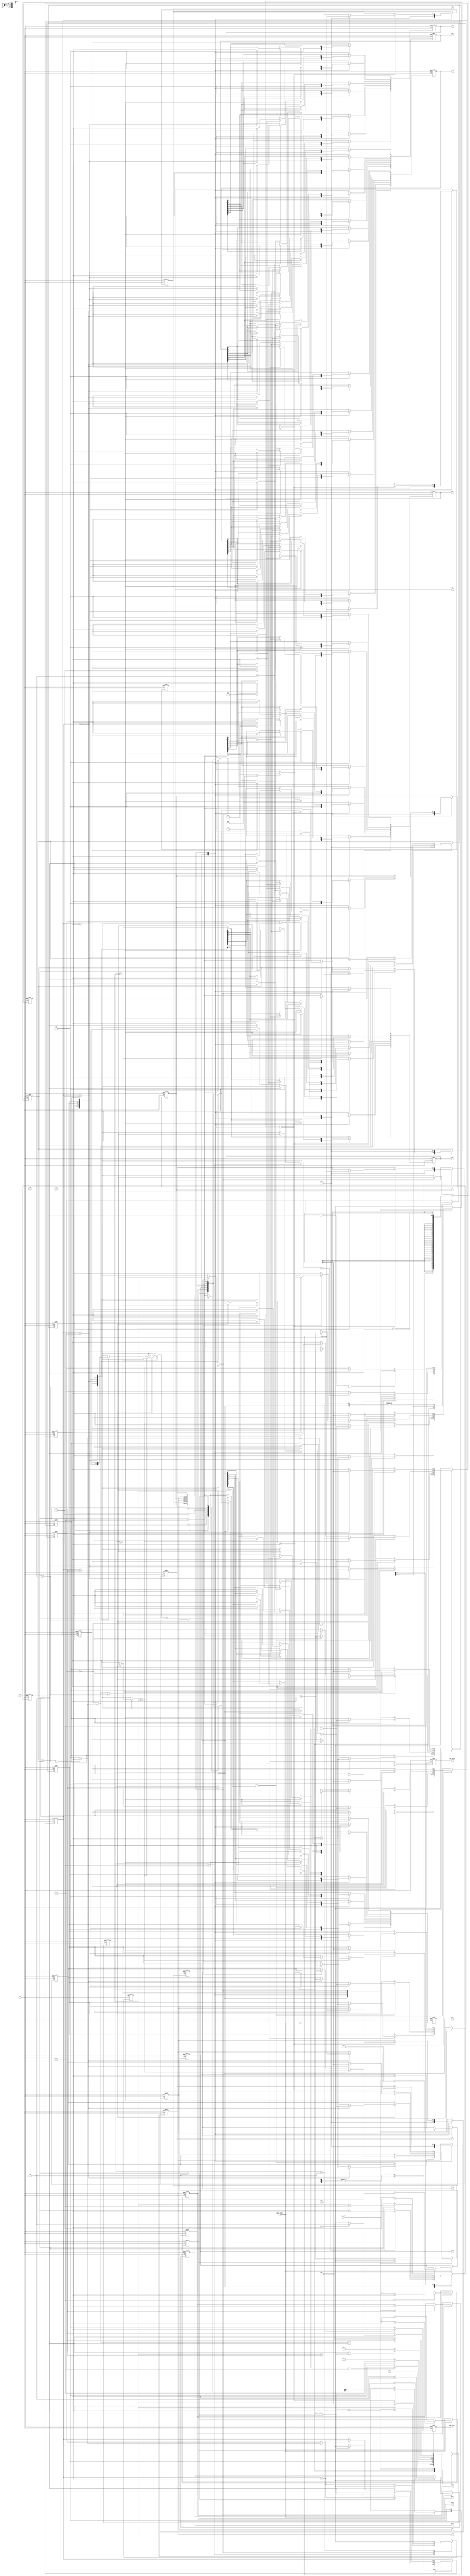
`timescale 1ns/10ps
module huffman (
    clk, reset, gray_valid, gray_data, CNT_valid, CNT1, CNT2, CNT3, CNT4, CNT5, CNT6,
    code_valid, HC1, HC2, HC3, HC4, HC5, HC6, M1, M2, M3, M4, M5, M6
);

    // true & false
    parameter true = 1;
    parameter false = 0;

    // State
    parameter INPUT = 0;
    parameter F_SORT = 1;  // first sorting
    parameter DE_SAME = 2;
    parameter SORT = 3;
    parameter ENCODE_COMB = 4;
    parameter OUTPUT = 5;

    // Symbol
    parameter A1 = 'h1;
    parameter A2 = 'h2;
    parameter A3 = 'h3;
    parameter A4 = 'h4;
    parameter A5 = 'h5;
    parameter A6 = 'h6;

    // Used for assign values
    integer i;


    // IO
    input clk, reset, gray_valid;
    input [7:0] gray_data;
    output [7:0] CNT1, CNT2, CNT3, CNT4, CNT5, CNT6;
    output [7:0] HC1, HC2, HC3, HC4, HC5, HC6;
    output [7:0] M1, M2, M3, M4, M5, M6;
    output reg CNT_valid, code_valid;

    // Inside
    reg [2:0] cs, ns;
    reg [7:0] prob [0:5];
    reg [7:0] code [0:5];
    reg [7:0] mask [0:5];

    reg [2:0] order [0:5];
    reg [2:0] idx_1, idx_2, last_order;
    reg [7:0] sum_1, sum_2;
    reg flag;

    wire found_insert_index;
    assign found_insert_index = (sum_1 >= sum_2 || idx_2 == 7) ? true : false;


    assign {CNT1, CNT2, CNT3, CNT4, CNT5, CNT6} = {
        prob[0], prob[1], prob[2], prob[3], prob[4], prob[5]
    };
    assign {HC1, HC2, HC3, HC4, HC5, HC6} = {
        code[0], code[1], code[2], code[3], code[4], code[5]
    };
    assign {M1, M2, M3, M4, M5, M6} = {
        mask[0], mask[1], mask[2], mask[3], mask[4], mask[5]
    };


    // FSM
    always @(posedge clk or posedge reset) begin
        if(reset)
            cs <= INPUT;
        else
            cs <= ns;
    end
    always @(*) begin
        case(cs)
            INPUT: begin
                if(!gray_valid && flag)  // "flag" temp to represent as inputted
                    ns = F_SORT;
                else
                    ns = INPUT;
            end
            F_SORT: begin
                if(idx_1 == 5 && idx_2 == 5)
                    ns = DE_SAME;
                else
                    ns = F_SORT;
            end
            DE_SAME: begin
                if(idx_1 == 5 && last_order == 4)
                    ns = ENCODE_COMB;
                else
                    ns = DE_SAME;
            end
            SORT: begin
                if(!flag && found_insert_index && idx_1 == 5)
                    ns = ENCODE_COMB;
                else
                    ns = SORT;
            end
            ENCODE_COMB: begin
                if(idx_1 == 5) begin
                    if(last_order == 1)
                        ns = OUTPUT;
                    else
                        ns = SORT;
                end else begin
                    ns = ENCODE_COMB;
                end
            end
            OUTPUT:
                ns = INPUT;
            default:
                ns = INPUT;
        endcase
    end


    // Counting
    always @(posedge clk or posedge reset) begin
        if(reset)
            CNT_valid <= false;
        else begin
            if(cs == INPUT && !gray_valid && flag)
                CNT_valid <= true;
            else
                CNT_valid <= false;
        end
    end
    always @(posedge clk or posedge reset) begin
        if(reset) begin
            for(i = 0; i < 6; i = i+1)
                prob[i] <= 0;
        end else begin
            if(gray_valid) begin
                case(gray_data)
                    A1: prob[0] <= prob[0] + 1;
                    A2: prob[1] <= prob[1] + 1;
                    A3: prob[2] <= prob[2] + 1;
                    A4: prob[3] <= prob[3] + 1;
                    A5: prob[4] <= prob[4] + 1;
                    A6: prob[5] <= prob[5] + 1;
                endcase
            end
        end
    end


    // Encoding (huffman code & mask)
    always @(posedge clk or posedge reset) begin
        if(reset)
            code_valid <= false;
        else begin
            if(cs == OUTPUT)
                code_valid <= true;
            else
                code_valid <= false;
        end
    end
    always @(posedge clk or posedge reset) begin
        if(reset) begin
            for(i = 0; i < 6; i = i+1)
                code[i] <= 0;
        end else begin
            case(cs)
                F_SORT: begin  // reset
                    for(i = 0; i < 6; i = i+1)
                        code[i] <= 0;
                end
                ENCODE_COMB: begin
                    if(order[idx_1] == last_order) begin  // smaller => 1, larger => 0 (not change)
                        case(mask[idx_1])
                            8'b0000_0000: code[idx_1][0] <= 1;
                            8'b0000_0001: code[idx_1][1] <= 1;
                            8'b0000_0011: code[idx_1][2] <= 1;
                            8'b0000_0111: code[idx_1][3] <= 1;
                            8'b0000_1111: code[idx_1][4] <= 1;
                            8'b0001_1111: code[idx_1][5] <= 1;
                            8'b0011_1111: code[idx_1][6] <= 1;
                            8'b0111_1111: code[idx_1][7] <= 1;
                        endcase
                    end
                end
            endcase
        end
    end
    always @(posedge clk or posedge reset) begin
        if(reset) begin
            for(i = 0; i < 6; i = i+1)
                mask[i] <= 0;
        end else begin
            case(cs)
                F_SORT: begin
                    for(i = 0; i < 6; i = i+1)  // reset
                        mask[i] <= 0;
                end
                ENCODE_COMB: begin
                    if(order[idx_1] == last_order - 1 || order[idx_1] == last_order)  // only last 2 order need to add mask
                        mask[idx_1] <= (mask[idx_1] << 1) + 1;
                end
            endcase
        end
    end


    // Order
    always @(posedge clk or posedge reset) begin
        if(reset) begin
            for(i = 0; i < 6; i = i+1)
                order[i] <= 0;
        end else begin
            case(cs)
                F_SORT: begin
                    if(prob[idx_2] > prob[idx_1])
                        order[idx_1] <= order[idx_1] + 1;
                end
                DE_SAME: begin
                    if(flag && order[idx_1] == last_order)  // has same prob
                        order[idx_1] <= order[idx_1] + 1;
                end
                SORT: begin
                    if(!flag && found_insert_index || idx_2 == 7) begin  // has found insert index, start changing order
                        if(order[idx_1] == last_order)
                            order[idx_1] <= idx_2 + 1;
                        else if(order[idx_1] > idx_2 || idx_2 == 7)
                            order[idx_1] <= order[idx_1] + 1;
                    end
                end
                ENCODE_COMB: begin
                    if(order[idx_1] == last_order)
                        order[idx_1] <= last_order - 1;
                end
                default: begin
                    for(i = 0; i < 6; i = i+1)
                        order[i] <= 0;
                end
            endcase
        end
    end

    // Summing
    always @(posedge clk or posedge reset) begin
        if(reset)
            sum_1 <= 0;
        else begin
            case(cs)
                DE_SAME:  // reset sum values
                    sum_1 <= 0;
                SORT: begin
                    if(flag && order[idx_1] == idx_2)
                        sum_1 <= sum_1 + prob[idx_1];
                    else if(!flag && !found_insert_index)
                        sum_1 <= 0;
                end
                ENCODE_COMB:
                    sum_1 <= 0;
            endcase
        end
    end
    always @(posedge clk or posedge reset) begin
        if(reset)
            sum_2 <= 0;
        else begin
            case(cs)
                DE_SAME:  // reset sum values
                    sum_2 <= 0;
                SORT: begin
                    if(!flag && found_insert_index)
                        sum_2 <= 0;
                end
                ENCODE_COMB: begin
                    if(order[idx_1] == last_order || order[idx_1] == last_order - 1)
                        sum_2 <= sum_2 + prob[idx_1];
                end
            endcase
        end
    end
    always @(posedge clk or posedge reset) begin
        if(reset)
            flag <= false;
        else begin
            case(cs)
                INPUT: begin
                    if(gray_valid)  // means inputted
                        flag <= true;
                end
                F_SORT:
                    flag <= false;  // prepare for DE_SAME state, means hasn't detected the same order
                DE_SAME: begin
                    if(idx_1 == 5)
                        flag <= false;
                    else if(order[idx_1] == last_order)  // find same order
                        flag <= true;
                end
                SORT: begin  // in here "flag" means finish summing
                    if(flag && idx_1 == 5 || idx_2 == 7)  // not summing
                        flag <= false;
                    else if(!flag && !found_insert_index)  // not find insert index yet
                        flag <= true;
                end
                ENCODE_COMB:
                    flag <= true;  // prepare for SORT state, means summing
                OUTPUT:
                    flag <= false;
            endcase
        end
    end


    // Index control
    always @(posedge clk or posedge reset) begin
        if(reset)
            idx_1 <= 0;
        else begin
            case(cs)
                F_SORT: begin
                    if(idx_2 == 5)
                        idx_1 <= idx_1 + 1;
                    else if(idx_1 == 5 && idx_2 == 5)
                        idx_1 <= 0;
                end
                DE_SAME: begin
                    if(idx_1 == 5)  // reset
                        idx_1 <= 0;
                    else
                        idx_1 <= idx_1 + 1;
                end
                SORT: begin
                    if(idx_1 == 5)  // reset
                        idx_1 <= 0;
                    else if(flag || found_insert_index)
                        idx_1 <= idx_1 + 1;
                end
                ENCODE_COMB: begin
                    if(idx_1 == 5)  // reset
                        idx_1 <= 0;
                    else
                        idx_1 <= idx_1 + 1;
                end
            endcase
        end
    end
    always @(posedge clk or posedge reset) begin
        if(reset)
            idx_2 <= 0;
        else begin
            case(cs)
                F_SORT: begin
                    if(idx_2 == 5)
                        idx_2 <= 0;
                    else
                        idx_2 <= idx_2 + 1;
                end
                SORT: begin
                    if(!flag && !found_insert_index)
                        idx_2 <= idx_2 - 1;
                end
                ENCODE_COMB: begin
                    if(idx_1 == 5)
                        idx_2 <= last_order - 2;
                end
                default:
                    idx_2 <= 0;
            endcase
        end
    end
    always @(posedge clk or posedge reset) begin
        if(reset)
            last_order <= 0;
        else begin
            case(cs)
                DE_SAME: begin
                    if(idx_1 == 5)
                        last_order <= last_order + 1;
                end
                ENCODE_COMB: begin
                    if(idx_1 == 5)  // done combine
                        last_order <= last_order - 1;
                end
                OUTPUT:
                    last_order <= 0;
            endcase
        end
    end

endmodule